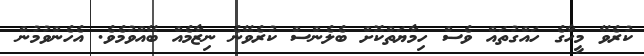
ކުރެވޭ މީހާގެ ހައްގުތައް ވެސް ހިމާޔަތްކޮށް ބެލެންސް ކުރެވޭނެ ނިޒާމެއް ބޭއްވުމެވެ. އެހެންވުމުން